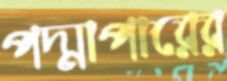
পদ্মাপারের